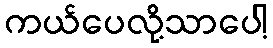
ကယ်ပေလို့သာပေါ့